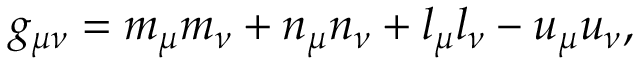
g _ { \mu \nu } = m _ { \mu } m _ { \nu } + n _ { \mu } n _ { \nu } + l _ { \mu } l _ { \nu } - u _ { \mu } u _ { \nu } ,